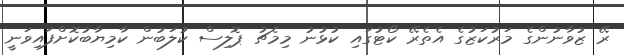
ރޭ ޒުވާނުންގެ މަރުކަޒުގެ އެތެރޭ ކޯޓުގައި ކުޅުނު މިމެޗު ޕޮލިސް ކުލަބުން ކާމިޔާބުކޮށްފައިވަނީ